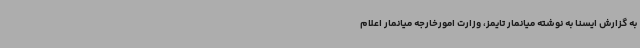
به گزارش ایسنا به نوشته میانمار تایمز، وزارت امورخارجه میانمار اعلام